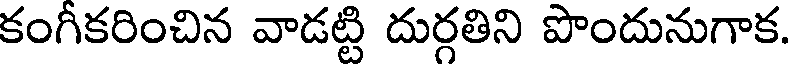
కంగీకరించిన వాడట్టి దుర్గతిని పొందునుగాక.